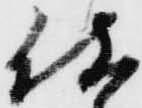
仕